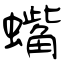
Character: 蟕